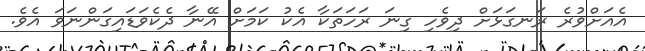
އެއަށްވުރެ ރަނގަޅަށް ދިވެހި ގިނަ ރަހަތަކާ އެކު ކަމަށް އޭނާ ދެކެވަޑައިގަންނަވަ އެވެ.